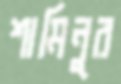
শামিনুর